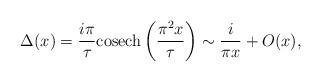
LaTeX: \begin{align*}\Delta (x)=\frac{i\pi }{\tau }{\mathrm{cosech}}\left( \frac{\pi ^{2}x}{\tau }\right) \sim \frac{i}{\pi x}+O(x),\end{align*}